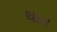
થાન